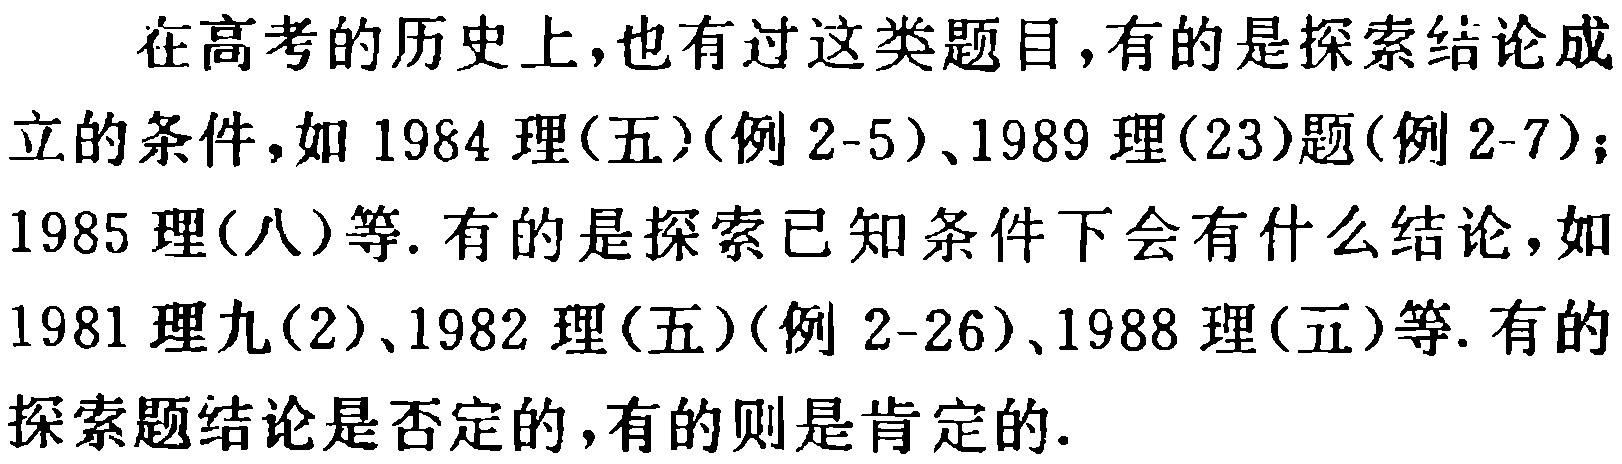
在高考的历史上,也有过这类题目,有的是探索结论成立的条件,如 1984 理(五)(例 2-5)、1989 理(23)题(例 2-7);1985 理(八)等. 有的是探索已知条件下会有什么结论,如 1981 理九(2)、1982 理(五)(例 2-26)、1988 理(五)等. 有的探索题结论是否定的,有的则是肯定的.